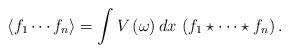
LaTeX: \begin{align*}\langle f_{1} \cdots f_{n} \rangle = \int V\left( \omega \right) dx\, \left( f_{1} \star \cdots \star f_{n}\right) .\end{align*}